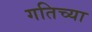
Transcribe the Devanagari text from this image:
गतिच्या